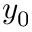
y _ { 0 }